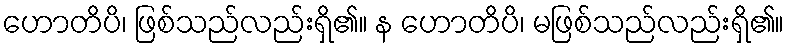
ဟောတိပိ၊ ဖြစ်သည်လည်းရှိ၏။ န ဟောတိပိ၊ မဖြစ်သည်လည်းရှိ၏။